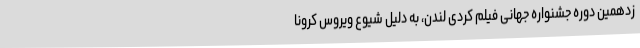
زدهمين دوره جشنواره جهانی فيلم کُردی لندن، به دلیل شیوع ویروس کرونا